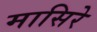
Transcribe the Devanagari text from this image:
मासिरे